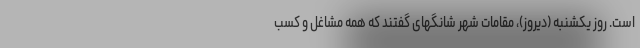
است. روز یکشنبه (دیروز)، مقامات شهر شانگهای گفتند که همه مشاغل و کسب